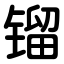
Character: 镏